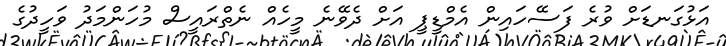
އަޅުގަނޑަށް ވުރެ ފަސޭހައިން އެމްޑީޕީ އަށް ދެވޭނެ މީހެއް ނެތްރައީސް މުހަންމަދު ވަހީދުގެ